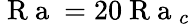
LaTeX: \mathrm{~R~a~}=20\mathrm{~R~a~}_{c}